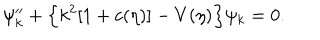
LaTeX: \psi _ { k } ^ { \prime \prime } + \Bigl \{ k ^ { 2 } [ 1 + c ( \eta ) ] - V ( \eta ) \Bigr \} \psi _ { k } = 0 .